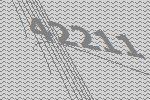
42211